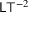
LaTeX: { \mathsf { L } } { \mathsf { T } } ^ { - 2 }